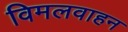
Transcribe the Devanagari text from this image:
विमलवाहन